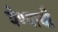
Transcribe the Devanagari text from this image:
येण्‍याची